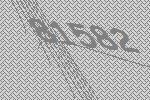
81582